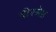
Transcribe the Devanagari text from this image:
वीरश्रेष्ठ